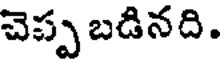
చెప్ప బడినది.